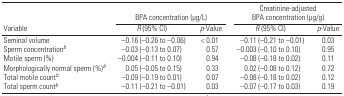
|  | <COLSPAN=2> BPA concentration (μg/L) | <COLSPAN=2> Creatinine-adjusted BPA concentration (μg/g) |
 | Variable | R (95% CI) | p-Value | R (95% CI) | p-Value |
 | --- | --- | --- | --- | --- |
 | Seminal volume | −0.16 (−0.26 to −0.06) | < 0.01 | −0.11 (−0.21 to −0.01) | 0.03 |
 | Sperm concentrationb | −0.03 (−0.13 to 0.07) | 0.57 | −0.003 (−0.10 to 0.10) | 0.95 |
 | Motile sperm (%) | −0.004 (−0.11 to 0.10) | 0.94 | −0.08 (−0.18 to 0.02) | 0.11 |
 | Morphologically normal sperm (%)b | 0.05 (−0.05 to 0.15) | 0.33 | 0.02 (−0.08 to 0.12) | 0.72 |
 | Total motile count | −0.09 (−0.19 to 0.01) | 0.07 | −0.08 (−0.18 to 0.02) | 0.12 |
 | Total sperm countb | −0.11 (−0.21 to −0.01) | 0.03 | −0.07 (−0.17 to 0.03) | 0.19 |